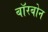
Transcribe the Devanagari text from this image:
बॉरबोन